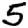
Digit: 5